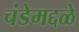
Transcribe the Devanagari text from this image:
चंडेमद्दळे